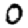
Digit: 0